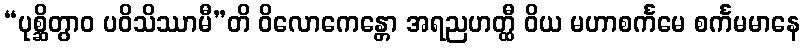
“ပုစ္ဆိတွာဝ ပဝိသိဿာမီ”တိ ဝိလောကေန္တော အရညဟတ္ထီ ဝိယ မဟာစင်္ကမေ စင်္ကမမာနေ